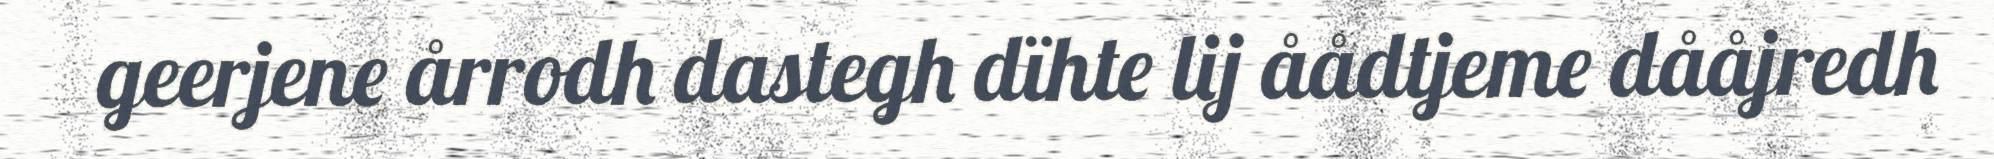
geerjene årrodh dastegh dïhte lij åådtjeme dååjredh